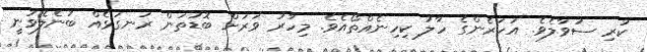
ކުރި ސުވާލެވެ. އަހަރެންގެ ހާލު ކިހިނެއްތޯއެވެ. މިހާރު ވަރަށް ބޮޑުތަން ރަނގަޅެއް ބުނެލެވުނީ